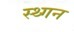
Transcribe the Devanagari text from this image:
स्थ्गन